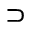
\supset